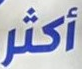
أكثر